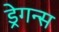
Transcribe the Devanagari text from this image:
ड्रेगन्स